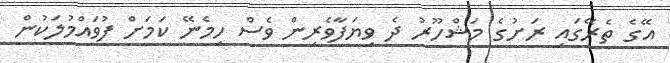
އޭގެ ތެރޭގައި ރަށުގެ މަޝްހޫރު ދެ ވިޔަފާވެރިން ވެސް ހިމެނޭ ކަމަށް ފުވައްމުލަކުން